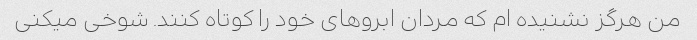
من هرگز نشنیده ام که مردان ابروهای خود را کوتاه کنند. شوخی میکنی